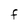
Character: F